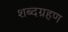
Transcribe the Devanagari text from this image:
शब्दग्रहण